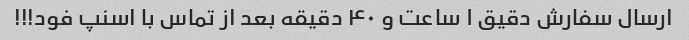
ارسال سفارش دقیق ۱ ساعت و ۴۰ دقیقه بعد از تماس با اسنپ فود!!!